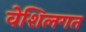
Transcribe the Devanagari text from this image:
वेशिलगत